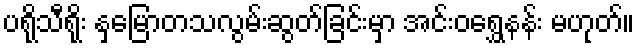
ပရိုသီရိုး နှမြောတသလွမ်းဆွတ်ခြင်းမှာ အင်းဝရွှေနန်း မဟုတ်။